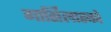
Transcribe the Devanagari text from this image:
गार्सिलास्को